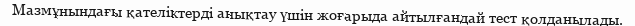
Мазмұнындағы қателіктерді анықтау үшін жоғарыда айтылғандай тест қолданылады.